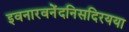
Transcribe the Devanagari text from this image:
इवनारवनेंदनिसदिरयया